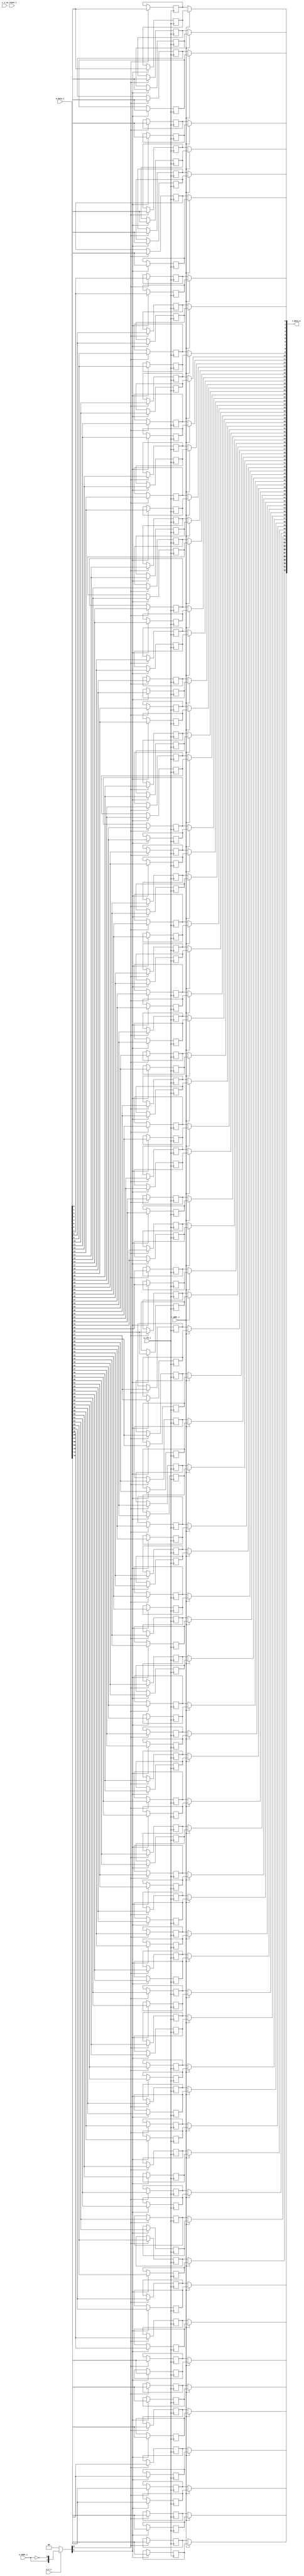
module bsg_mem_1r1w_synth_width_p73_els_p2_read_write_same_addr_p1_harden_p0
(
  w_clk_i,
  w_reset_i,
  w_v_i,
  w_addr_i,
  w_data_i,
  r_v_i,
  r_addr_i,
  r_data_o
);

  input [0:0] w_addr_i;
  input [72:0] w_data_i;
  input [0:0] r_addr_i;
  output [72:0] r_data_o;
  input w_clk_i;
  input w_reset_i;
  input w_v_i;
  input r_v_i;
  wire [72:0] r_data_o;
  wire N0,N1,N2,N3,N4,N5,N7,N8;
  reg [145:0] mem;
  assign r_data_o[72] = (N3)? mem[72] : 
                        (N0)? mem[145] : 1'b0;
  assign N0 = r_addr_i[0];
  assign r_data_o[71] = (N3)? mem[71] : 
                        (N0)? mem[144] : 1'b0;
  assign r_data_o[70] = (N3)? mem[70] : 
                        (N0)? mem[143] : 1'b0;
  assign r_data_o[69] = (N3)? mem[69] : 
                        (N0)? mem[142] : 1'b0;
  assign r_data_o[68] = (N3)? mem[68] : 
                        (N0)? mem[141] : 1'b0;
  assign r_data_o[67] = (N3)? mem[67] : 
                        (N0)? mem[140] : 1'b0;
  assign r_data_o[66] = (N3)? mem[66] : 
                        (N0)? mem[139] : 1'b0;
  assign r_data_o[65] = (N3)? mem[65] : 
                        (N0)? mem[138] : 1'b0;
  assign r_data_o[64] = (N3)? mem[64] : 
                        (N0)? mem[137] : 1'b0;
  assign r_data_o[63] = (N3)? mem[63] : 
                        (N0)? mem[136] : 1'b0;
  assign r_data_o[62] = (N3)? mem[62] : 
                        (N0)? mem[135] : 1'b0;
  assign r_data_o[61] = (N3)? mem[61] : 
                        (N0)? mem[134] : 1'b0;
  assign r_data_o[60] = (N3)? mem[60] : 
                        (N0)? mem[133] : 1'b0;
  assign r_data_o[59] = (N3)? mem[59] : 
                        (N0)? mem[132] : 1'b0;
  assign r_data_o[58] = (N3)? mem[58] : 
                        (N0)? mem[131] : 1'b0;
  assign r_data_o[57] = (N3)? mem[57] : 
                        (N0)? mem[130] : 1'b0;
  assign r_data_o[56] = (N3)? mem[56] : 
                        (N0)? mem[129] : 1'b0;
  assign r_data_o[55] = (N3)? mem[55] : 
                        (N0)? mem[128] : 1'b0;
  assign r_data_o[54] = (N3)? mem[54] : 
                        (N0)? mem[127] : 1'b0;
  assign r_data_o[53] = (N3)? mem[53] : 
                        (N0)? mem[126] : 1'b0;
  assign r_data_o[52] = (N3)? mem[52] : 
                        (N0)? mem[125] : 1'b0;
  assign r_data_o[51] = (N3)? mem[51] : 
                        (N0)? mem[124] : 1'b0;
  assign r_data_o[50] = (N3)? mem[50] : 
                        (N0)? mem[123] : 1'b0;
  assign r_data_o[49] = (N3)? mem[49] : 
                        (N0)? mem[122] : 1'b0;
  assign r_data_o[48] = (N3)? mem[48] : 
                        (N0)? mem[121] : 1'b0;
  assign r_data_o[47] = (N3)? mem[47] : 
                        (N0)? mem[120] : 1'b0;
  assign r_data_o[46] = (N3)? mem[46] : 
                        (N0)? mem[119] : 1'b0;
  assign r_data_o[45] = (N3)? mem[45] : 
                        (N0)? mem[118] : 1'b0;
  assign r_data_o[44] = (N3)? mem[44] : 
                        (N0)? mem[117] : 1'b0;
  assign r_data_o[43] = (N3)? mem[43] : 
                        (N0)? mem[116] : 1'b0;
  assign r_data_o[42] = (N3)? mem[42] : 
                        (N0)? mem[115] : 1'b0;
  assign r_data_o[41] = (N3)? mem[41] : 
                        (N0)? mem[114] : 1'b0;
  assign r_data_o[40] = (N3)? mem[40] : 
                        (N0)? mem[113] : 1'b0;
  assign r_data_o[39] = (N3)? mem[39] : 
                        (N0)? mem[112] : 1'b0;
  assign r_data_o[38] = (N3)? mem[38] : 
                        (N0)? mem[111] : 1'b0;
  assign r_data_o[37] = (N3)? mem[37] : 
                        (N0)? mem[110] : 1'b0;
  assign r_data_o[36] = (N3)? mem[36] : 
                        (N0)? mem[109] : 1'b0;
  assign r_data_o[35] = (N3)? mem[35] : 
                        (N0)? mem[108] : 1'b0;
  assign r_data_o[34] = (N3)? mem[34] : 
                        (N0)? mem[107] : 1'b0;
  assign r_data_o[33] = (N3)? mem[33] : 
                        (N0)? mem[106] : 1'b0;
  assign r_data_o[32] = (N3)? mem[32] : 
                        (N0)? mem[105] : 1'b0;
  assign r_data_o[31] = (N3)? mem[31] : 
                        (N0)? mem[104] : 1'b0;
  assign r_data_o[30] = (N3)? mem[30] : 
                        (N0)? mem[103] : 1'b0;
  assign r_data_o[29] = (N3)? mem[29] : 
                        (N0)? mem[102] : 1'b0;
  assign r_data_o[28] = (N3)? mem[28] : 
                        (N0)? mem[101] : 1'b0;
  assign r_data_o[27] = (N3)? mem[27] : 
                        (N0)? mem[100] : 1'b0;
  assign r_data_o[26] = (N3)? mem[26] : 
                        (N0)? mem[99] : 1'b0;
  assign r_data_o[25] = (N3)? mem[25] : 
                        (N0)? mem[98] : 1'b0;
  assign r_data_o[24] = (N3)? mem[24] : 
                        (N0)? mem[97] : 1'b0;
  assign r_data_o[23] = (N3)? mem[23] : 
                        (N0)? mem[96] : 1'b0;
  assign r_data_o[22] = (N3)? mem[22] : 
                        (N0)? mem[95] : 1'b0;
  assign r_data_o[21] = (N3)? mem[21] : 
                        (N0)? mem[94] : 1'b0;
  assign r_data_o[20] = (N3)? mem[20] : 
                        (N0)? mem[93] : 1'b0;
  assign r_data_o[19] = (N3)? mem[19] : 
                        (N0)? mem[92] : 1'b0;
  assign r_data_o[18] = (N3)? mem[18] : 
                        (N0)? mem[91] : 1'b0;
  assign r_data_o[17] = (N3)? mem[17] : 
                        (N0)? mem[90] : 1'b0;
  assign r_data_o[16] = (N3)? mem[16] : 
                        (N0)? mem[89] : 1'b0;
  assign r_data_o[15] = (N3)? mem[15] : 
                        (N0)? mem[88] : 1'b0;
  assign r_data_o[14] = (N3)? mem[14] : 
                        (N0)? mem[87] : 1'b0;
  assign r_data_o[13] = (N3)? mem[13] : 
                        (N0)? mem[86] : 1'b0;
  assign r_data_o[12] = (N3)? mem[12] : 
                        (N0)? mem[85] : 1'b0;
  assign r_data_o[11] = (N3)? mem[11] : 
                        (N0)? mem[84] : 1'b0;
  assign r_data_o[10] = (N3)? mem[10] : 
                        (N0)? mem[83] : 1'b0;
  assign r_data_o[9] = (N3)? mem[9] : 
                       (N0)? mem[82] : 1'b0;
  assign r_data_o[8] = (N3)? mem[8] : 
                       (N0)? mem[81] : 1'b0;
  assign r_data_o[7] = (N3)? mem[7] : 
                       (N0)? mem[80] : 1'b0;
  assign r_data_o[6] = (N3)? mem[6] : 
                       (N0)? mem[79] : 1'b0;
  assign r_data_o[5] = (N3)? mem[5] : 
                       (N0)? mem[78] : 1'b0;
  assign r_data_o[4] = (N3)? mem[4] : 
                       (N0)? mem[77] : 1'b0;
  assign r_data_o[3] = (N3)? mem[3] : 
                       (N0)? mem[76] : 1'b0;
  assign r_data_o[2] = (N3)? mem[2] : 
                       (N0)? mem[75] : 1'b0;
  assign r_data_o[1] = (N3)? mem[1] : 
                       (N0)? mem[74] : 1'b0;
  assign r_data_o[0] = (N3)? mem[0] : 
                       (N0)? mem[73] : 1'b0;

  always @(posedge w_clk_i) begin
    if(N8) begin
      mem[145] <= w_data_i[72];
    end 
  end


  always @(posedge w_clk_i) begin
    if(N8) begin
      mem[144] <= w_data_i[71];
    end 
  end


  always @(posedge w_clk_i) begin
    if(N8) begin
      mem[143] <= w_data_i[70];
    end 
  end


  always @(posedge w_clk_i) begin
    if(N8) begin
      mem[142] <= w_data_i[69];
    end 
  end


  always @(posedge w_clk_i) begin
    if(N8) begin
      mem[141] <= w_data_i[68];
    end 
  end


  always @(posedge w_clk_i) begin
    if(N8) begin
      mem[140] <= w_data_i[67];
    end 
  end


  always @(posedge w_clk_i) begin
    if(N8) begin
      mem[139] <= w_data_i[66];
    end 
  end


  always @(posedge w_clk_i) begin
    if(N8) begin
      mem[138] <= w_data_i[65];
    end 
  end


  always @(posedge w_clk_i) begin
    if(N8) begin
      mem[137] <= w_data_i[64];
    end 
  end


  always @(posedge w_clk_i) begin
    if(N8) begin
      mem[136] <= w_data_i[63];
    end 
  end


  always @(posedge w_clk_i) begin
    if(N8) begin
      mem[135] <= w_data_i[62];
    end 
  end


  always @(posedge w_clk_i) begin
    if(N8) begin
      mem[134] <= w_data_i[61];
    end 
  end


  always @(posedge w_clk_i) begin
    if(N8) begin
      mem[133] <= w_data_i[60];
    end 
  end


  always @(posedge w_clk_i) begin
    if(N8) begin
      mem[132] <= w_data_i[59];
    end 
  end


  always @(posedge w_clk_i) begin
    if(N8) begin
      mem[131] <= w_data_i[58];
    end 
  end


  always @(posedge w_clk_i) begin
    if(N8) begin
      mem[130] <= w_data_i[57];
    end 
  end


  always @(posedge w_clk_i) begin
    if(N8) begin
      mem[129] <= w_data_i[56];
    end 
  end


  always @(posedge w_clk_i) begin
    if(N8) begin
      mem[128] <= w_data_i[55];
    end 
  end


  always @(posedge w_clk_i) begin
    if(N8) begin
      mem[127] <= w_data_i[54];
    end 
  end


  always @(posedge w_clk_i) begin
    if(N8) begin
      mem[126] <= w_data_i[53];
    end 
  end


  always @(posedge w_clk_i) begin
    if(N8) begin
      mem[125] <= w_data_i[52];
    end 
  end


  always @(posedge w_clk_i) begin
    if(N8) begin
      mem[124] <= w_data_i[51];
    end 
  end


  always @(posedge w_clk_i) begin
    if(N8) begin
      mem[123] <= w_data_i[50];
    end 
  end


  always @(posedge w_clk_i) begin
    if(N8) begin
      mem[122] <= w_data_i[49];
    end 
  end


  always @(posedge w_clk_i) begin
    if(N8) begin
      mem[121] <= w_data_i[48];
    end 
  end


  always @(posedge w_clk_i) begin
    if(N8) begin
      mem[120] <= w_data_i[47];
    end 
  end


  always @(posedge w_clk_i) begin
    if(N8) begin
      mem[119] <= w_data_i[46];
    end 
  end


  always @(posedge w_clk_i) begin
    if(N8) begin
      mem[118] <= w_data_i[45];
    end 
  end


  always @(posedge w_clk_i) begin
    if(N8) begin
      mem[117] <= w_data_i[44];
    end 
  end


  always @(posedge w_clk_i) begin
    if(N8) begin
      mem[116] <= w_data_i[43];
    end 
  end


  always @(posedge w_clk_i) begin
    if(N8) begin
      mem[115] <= w_data_i[42];
    end 
  end


  always @(posedge w_clk_i) begin
    if(N8) begin
      mem[114] <= w_data_i[41];
    end 
  end


  always @(posedge w_clk_i) begin
    if(N8) begin
      mem[113] <= w_data_i[40];
    end 
  end


  always @(posedge w_clk_i) begin
    if(N8) begin
      mem[112] <= w_data_i[39];
    end 
  end


  always @(posedge w_clk_i) begin
    if(N8) begin
      mem[111] <= w_data_i[38];
    end 
  end


  always @(posedge w_clk_i) begin
    if(N8) begin
      mem[110] <= w_data_i[37];
    end 
  end


  always @(posedge w_clk_i) begin
    if(N8) begin
      mem[109] <= w_data_i[36];
    end 
  end


  always @(posedge w_clk_i) begin
    if(N8) begin
      mem[108] <= w_data_i[35];
    end 
  end


  always @(posedge w_clk_i) begin
    if(N8) begin
      mem[107] <= w_data_i[34];
    end 
  end


  always @(posedge w_clk_i) begin
    if(N8) begin
      mem[106] <= w_data_i[33];
    end 
  end


  always @(posedge w_clk_i) begin
    if(N8) begin
      mem[105] <= w_data_i[32];
    end 
  end


  always @(posedge w_clk_i) begin
    if(N8) begin
      mem[104] <= w_data_i[31];
    end 
  end


  always @(posedge w_clk_i) begin
    if(N8) begin
      mem[103] <= w_data_i[30];
    end 
  end


  always @(posedge w_clk_i) begin
    if(N8) begin
      mem[102] <= w_data_i[29];
    end 
  end


  always @(posedge w_clk_i) begin
    if(N8) begin
      mem[101] <= w_data_i[28];
    end 
  end


  always @(posedge w_clk_i) begin
    if(N8) begin
      mem[100] <= w_data_i[27];
    end 
  end


  always @(posedge w_clk_i) begin
    if(N8) begin
      mem[99] <= w_data_i[26];
    end 
  end


  always @(posedge w_clk_i) begin
    if(N8) begin
      mem[98] <= w_data_i[25];
    end 
  end


  always @(posedge w_clk_i) begin
    if(N8) begin
      mem[97] <= w_data_i[24];
    end 
  end


  always @(posedge w_clk_i) begin
    if(N8) begin
      mem[96] <= w_data_i[23];
    end 
  end


  always @(posedge w_clk_i) begin
    if(N8) begin
      mem[95] <= w_data_i[22];
    end 
  end


  always @(posedge w_clk_i) begin
    if(N8) begin
      mem[94] <= w_data_i[21];
    end 
  end


  always @(posedge w_clk_i) begin
    if(N8) begin
      mem[93] <= w_data_i[20];
    end 
  end


  always @(posedge w_clk_i) begin
    if(N8) begin
      mem[92] <= w_data_i[19];
    end 
  end


  always @(posedge w_clk_i) begin
    if(N8) begin
      mem[91] <= w_data_i[18];
    end 
  end


  always @(posedge w_clk_i) begin
    if(N8) begin
      mem[90] <= w_data_i[17];
    end 
  end


  always @(posedge w_clk_i) begin
    if(N8) begin
      mem[89] <= w_data_i[16];
    end 
  end


  always @(posedge w_clk_i) begin
    if(N8) begin
      mem[88] <= w_data_i[15];
    end 
  end


  always @(posedge w_clk_i) begin
    if(N8) begin
      mem[87] <= w_data_i[14];
    end 
  end


  always @(posedge w_clk_i) begin
    if(N8) begin
      mem[86] <= w_data_i[13];
    end 
  end


  always @(posedge w_clk_i) begin
    if(N8) begin
      mem[85] <= w_data_i[12];
    end 
  end


  always @(posedge w_clk_i) begin
    if(N8) begin
      mem[84] <= w_data_i[11];
    end 
  end


  always @(posedge w_clk_i) begin
    if(N8) begin
      mem[83] <= w_data_i[10];
    end 
  end


  always @(posedge w_clk_i) begin
    if(N8) begin
      mem[82] <= w_data_i[9];
    end 
  end


  always @(posedge w_clk_i) begin
    if(N8) begin
      mem[81] <= w_data_i[8];
    end 
  end


  always @(posedge w_clk_i) begin
    if(N8) begin
      mem[80] <= w_data_i[7];
    end 
  end


  always @(posedge w_clk_i) begin
    if(N8) begin
      mem[79] <= w_data_i[6];
    end 
  end


  always @(posedge w_clk_i) begin
    if(N8) begin
      mem[78] <= w_data_i[5];
    end 
  end


  always @(posedge w_clk_i) begin
    if(N8) begin
      mem[77] <= w_data_i[4];
    end 
  end


  always @(posedge w_clk_i) begin
    if(N8) begin
      mem[76] <= w_data_i[3];
    end 
  end


  always @(posedge w_clk_i) begin
    if(N8) begin
      mem[75] <= w_data_i[2];
    end 
  end


  always @(posedge w_clk_i) begin
    if(N8) begin
      mem[74] <= w_data_i[1];
    end 
  end


  always @(posedge w_clk_i) begin
    if(N8) begin
      mem[73] <= w_data_i[0];
    end 
  end


  always @(posedge w_clk_i) begin
    if(N7) begin
      mem[72] <= w_data_i[72];
    end 
  end


  always @(posedge w_clk_i) begin
    if(N7) begin
      mem[71] <= w_data_i[71];
    end 
  end


  always @(posedge w_clk_i) begin
    if(N7) begin
      mem[70] <= w_data_i[70];
    end 
  end


  always @(posedge w_clk_i) begin
    if(N7) begin
      mem[69] <= w_data_i[69];
    end 
  end


  always @(posedge w_clk_i) begin
    if(N7) begin
      mem[68] <= w_data_i[68];
    end 
  end


  always @(posedge w_clk_i) begin
    if(N7) begin
      mem[67] <= w_data_i[67];
    end 
  end


  always @(posedge w_clk_i) begin
    if(N7) begin
      mem[66] <= w_data_i[66];
    end 
  end


  always @(posedge w_clk_i) begin
    if(N7) begin
      mem[65] <= w_data_i[65];
    end 
  end


  always @(posedge w_clk_i) begin
    if(N7) begin
      mem[64] <= w_data_i[64];
    end 
  end


  always @(posedge w_clk_i) begin
    if(N7) begin
      mem[63] <= w_data_i[63];
    end 
  end


  always @(posedge w_clk_i) begin
    if(N7) begin
      mem[62] <= w_data_i[62];
    end 
  end


  always @(posedge w_clk_i) begin
    if(N7) begin
      mem[61] <= w_data_i[61];
    end 
  end


  always @(posedge w_clk_i) begin
    if(N7) begin
      mem[60] <= w_data_i[60];
    end 
  end


  always @(posedge w_clk_i) begin
    if(N7) begin
      mem[59] <= w_data_i[59];
    end 
  end


  always @(posedge w_clk_i) begin
    if(N7) begin
      mem[58] <= w_data_i[58];
    end 
  end


  always @(posedge w_clk_i) begin
    if(N7) begin
      mem[57] <= w_data_i[57];
    end 
  end


  always @(posedge w_clk_i) begin
    if(N7) begin
      mem[56] <= w_data_i[56];
    end 
  end


  always @(posedge w_clk_i) begin
    if(N7) begin
      mem[55] <= w_data_i[55];
    end 
  end


  always @(posedge w_clk_i) begin
    if(N7) begin
      mem[54] <= w_data_i[54];
    end 
  end


  always @(posedge w_clk_i) begin
    if(N7) begin
      mem[53] <= w_data_i[53];
    end 
  end


  always @(posedge w_clk_i) begin
    if(N7) begin
      mem[52] <= w_data_i[52];
    end 
  end


  always @(posedge w_clk_i) begin
    if(N7) begin
      mem[51] <= w_data_i[51];
    end 
  end


  always @(posedge w_clk_i) begin
    if(N7) begin
      mem[50] <= w_data_i[50];
    end 
  end


  always @(posedge w_clk_i) begin
    if(N7) begin
      mem[49] <= w_data_i[49];
    end 
  end


  always @(posedge w_clk_i) begin
    if(N7) begin
      mem[48] <= w_data_i[48];
    end 
  end


  always @(posedge w_clk_i) begin
    if(N7) begin
      mem[47] <= w_data_i[47];
    end 
  end


  always @(posedge w_clk_i) begin
    if(N7) begin
      mem[46] <= w_data_i[46];
    end 
  end


  always @(posedge w_clk_i) begin
    if(N7) begin
      mem[45] <= w_data_i[45];
    end 
  end


  always @(posedge w_clk_i) begin
    if(N7) begin
      mem[44] <= w_data_i[44];
    end 
  end


  always @(posedge w_clk_i) begin
    if(N7) begin
      mem[43] <= w_data_i[43];
    end 
  end


  always @(posedge w_clk_i) begin
    if(N7) begin
      mem[42] <= w_data_i[42];
    end 
  end


  always @(posedge w_clk_i) begin
    if(N7) begin
      mem[41] <= w_data_i[41];
    end 
  end


  always @(posedge w_clk_i) begin
    if(N7) begin
      mem[40] <= w_data_i[40];
    end 
  end


  always @(posedge w_clk_i) begin
    if(N7) begin
      mem[39] <= w_data_i[39];
    end 
  end


  always @(posedge w_clk_i) begin
    if(N7) begin
      mem[38] <= w_data_i[38];
    end 
  end


  always @(posedge w_clk_i) begin
    if(N7) begin
      mem[37] <= w_data_i[37];
    end 
  end


  always @(posedge w_clk_i) begin
    if(N7) begin
      mem[36] <= w_data_i[36];
    end 
  end


  always @(posedge w_clk_i) begin
    if(N7) begin
      mem[35] <= w_data_i[35];
    end 
  end


  always @(posedge w_clk_i) begin
    if(N7) begin
      mem[34] <= w_data_i[34];
    end 
  end


  always @(posedge w_clk_i) begin
    if(N7) begin
      mem[33] <= w_data_i[33];
    end 
  end


  always @(posedge w_clk_i) begin
    if(N7) begin
      mem[32] <= w_data_i[32];
    end 
  end


  always @(posedge w_clk_i) begin
    if(N7) begin
      mem[31] <= w_data_i[31];
    end 
  end


  always @(posedge w_clk_i) begin
    if(N7) begin
      mem[30] <= w_data_i[30];
    end 
  end


  always @(posedge w_clk_i) begin
    if(N7) begin
      mem[29] <= w_data_i[29];
    end 
  end


  always @(posedge w_clk_i) begin
    if(N7) begin
      mem[28] <= w_data_i[28];
    end 
  end


  always @(posedge w_clk_i) begin
    if(N7) begin
      mem[27] <= w_data_i[27];
    end 
  end


  always @(posedge w_clk_i) begin
    if(N7) begin
      mem[26] <= w_data_i[26];
    end 
  end


  always @(posedge w_clk_i) begin
    if(N7) begin
      mem[25] <= w_data_i[25];
    end 
  end


  always @(posedge w_clk_i) begin
    if(N7) begin
      mem[24] <= w_data_i[24];
    end 
  end


  always @(posedge w_clk_i) begin
    if(N7) begin
      mem[23] <= w_data_i[23];
    end 
  end


  always @(posedge w_clk_i) begin
    if(N7) begin
      mem[22] <= w_data_i[22];
    end 
  end


  always @(posedge w_clk_i) begin
    if(N7) begin
      mem[21] <= w_data_i[21];
    end 
  end


  always @(posedge w_clk_i) begin
    if(N7) begin
      mem[20] <= w_data_i[20];
    end 
  end


  always @(posedge w_clk_i) begin
    if(N7) begin
      mem[19] <= w_data_i[19];
    end 
  end


  always @(posedge w_clk_i) begin
    if(N7) begin
      mem[18] <= w_data_i[18];
    end 
  end


  always @(posedge w_clk_i) begin
    if(N7) begin
      mem[17] <= w_data_i[17];
    end 
  end


  always @(posedge w_clk_i) begin
    if(N7) begin
      mem[16] <= w_data_i[16];
    end 
  end


  always @(posedge w_clk_i) begin
    if(N7) begin
      mem[15] <= w_data_i[15];
    end 
  end


  always @(posedge w_clk_i) begin
    if(N7) begin
      mem[14] <= w_data_i[14];
    end 
  end


  always @(posedge w_clk_i) begin
    if(N7) begin
      mem[13] <= w_data_i[13];
    end 
  end


  always @(posedge w_clk_i) begin
    if(N7) begin
      mem[12] <= w_data_i[12];
    end 
  end


  always @(posedge w_clk_i) begin
    if(N7) begin
      mem[11] <= w_data_i[11];
    end 
  end


  always @(posedge w_clk_i) begin
    if(N7) begin
      mem[10] <= w_data_i[10];
    end 
  end


  always @(posedge w_clk_i) begin
    if(N7) begin
      mem[9] <= w_data_i[9];
    end 
  end


  always @(posedge w_clk_i) begin
    if(N7) begin
      mem[8] <= w_data_i[8];
    end 
  end


  always @(posedge w_clk_i) begin
    if(N7) begin
      mem[7] <= w_data_i[7];
    end 
  end


  always @(posedge w_clk_i) begin
    if(N7) begin
      mem[6] <= w_data_i[6];
    end 
  end


  always @(posedge w_clk_i) begin
    if(N7) begin
      mem[5] <= w_data_i[5];
    end 
  end


  always @(posedge w_clk_i) begin
    if(N7) begin
      mem[4] <= w_data_i[4];
    end 
  end


  always @(posedge w_clk_i) begin
    if(N7) begin
      mem[3] <= w_data_i[3];
    end 
  end


  always @(posedge w_clk_i) begin
    if(N7) begin
      mem[2] <= w_data_i[2];
    end 
  end


  always @(posedge w_clk_i) begin
    if(N7) begin
      mem[1] <= w_data_i[1];
    end 
  end


  always @(posedge w_clk_i) begin
    if(N7) begin
      mem[0] <= w_data_i[0];
    end 
  end

  assign N5 = ~w_addr_i[0];
  assign { N8, N7 } = (N1)? { w_addr_i[0:0], N5 } : 
                      (N2)? { 1'b0, 1'b0 } : 1'b0;
  assign N1 = w_v_i;
  assign N2 = N4;
  assign N3 = ~r_addr_i[0];
  assign N4 = ~w_v_i;

endmodule